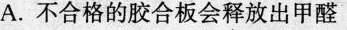
A.不合格的胶合板会释放出甲醛